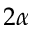
2 \alpha